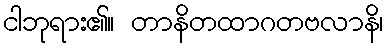
ငါဘုရား၏။ တာနိတထာဂတဗလာနိ၊